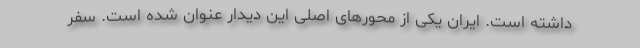
داشته است. ایران یکی از محور‌های اصلی این دیدار عنوان شده است. سفر